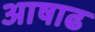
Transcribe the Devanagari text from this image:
अाषाढ